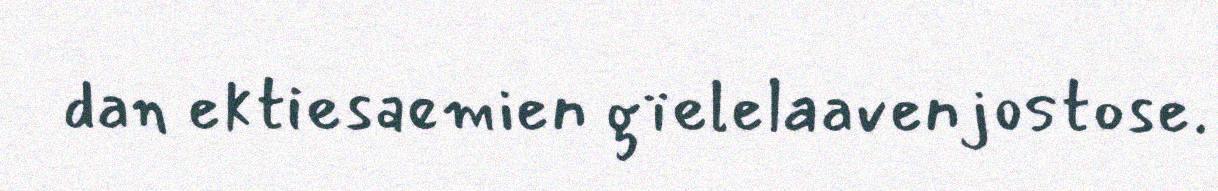
dan ektiesaemien gïelelaavenjostose.